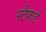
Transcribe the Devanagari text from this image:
स्टैफर्ड